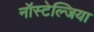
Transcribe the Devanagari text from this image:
नॉस्टेल्जिया